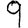
Digit: 9